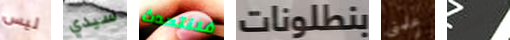
ليس سيدي فلنتحدث بنطلونات علمني وأمور